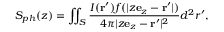
S _ { p h } ( z ) = \iint _ { S } \frac { I ( { { \bf r } ^ { \prime } } ) f ( | z { \bf e } _ { z } - { \bf r ^ { \prime } } | ) } { 4 \pi | z { \bf e } _ { z } - { \bf r ^ { \prime } } | ^ { 2 } } d ^ { 2 } r ^ { \prime } ,